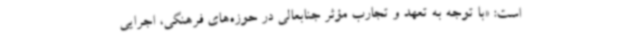
است: «با توجه به تعهد و تجارب مؤثر جنابعالی در حوزه‌های فرهنگی، اجرایی